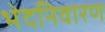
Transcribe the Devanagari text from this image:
भेदनिवारण